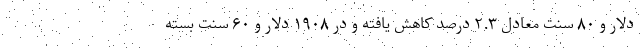
دلار و ۸۰ سنت معادل ۲.۳ درصد کاهش یافته و در ۱۹۰۸ دلار و ۶۰ سنت بسته